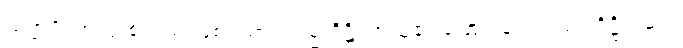
သဗ္ဗာပိ၊ အလုံးစုံလည်းဖြစ်သော။ သမ္မာဒိဋ္ဌိ၊ အယူ၏ ဖြောင့်ခြင်းသည်။ ဒိဋ္ဌိသမ္ပဒါ၊